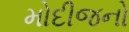
મોદીજનો